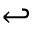
\hookleftarrow